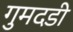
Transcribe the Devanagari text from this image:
गुमदडी